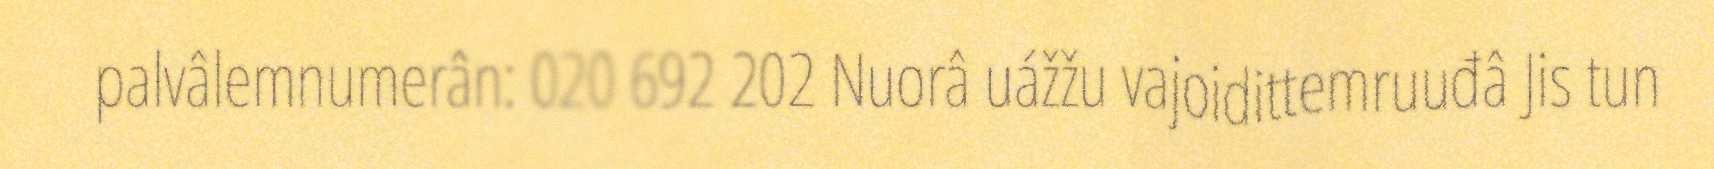
palvâlemnumerân: 020 692 202 Nuorâ uážžu vajoidittemruuđâ Jis tun